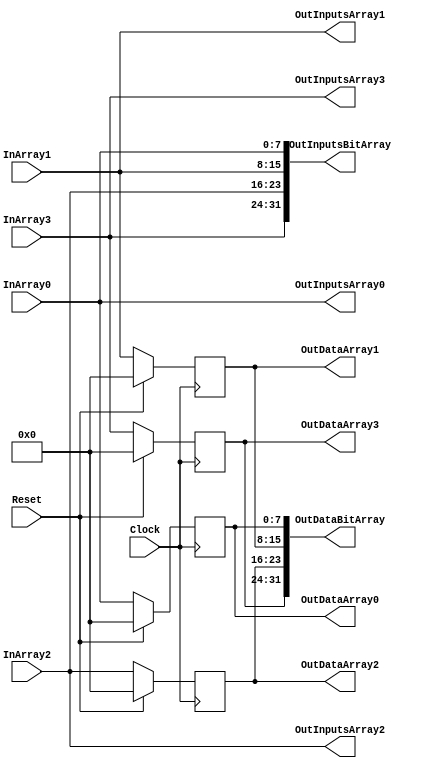
`timescale 1ns/1ps
`default_nettype none
// PLEASE READ THIS, IT MAY SAVE YOU SOME TIME AND MONEY, THANK YOU!
// * This file was generated by Quokka FPGA Toolkit.
// * Generated code is your property, do whatever you want with it
// * Place custom code between [BEGIN USER ***] and [END USER ***].
// * CAUTION: All code outside of [USER] scope is subject to regeneration.
// * Bad things happen sometimes in developer's life,
//   it is recommended to use source control management software (e.g. git, bzr etc) to keep your custom code safe'n'sound.
// * Internal structure of code is subject to change.
//   You can use some of signals in custom code, but most likely they will not exist in future (e.g. will get shorter or gone completely)
// * Please send your feedback, comments, improvement ideas etc. to evmuryshkin@gmail.com
// * Visit https://github.com/EvgenyMuryshkin/QuokkaEvaluation to access latest version of playground
//
// DISCLAIMER:
//   Code comes AS-IS, it is your responsibility to make sure it is working as expected
//   no responsibility will be taken for any loss or damage caused by use of Quokka toolkit.
//
// System configuration name is ArrayToBitArrayModule_TopLevel, clock frequency is 1Hz, Top-level
// FSM summary
// -- Packages
module ArrayToBitArrayModule_TopLevel
(
	// [BEGIN USER PORTS]
	// [END USER PORTS]
	input wire Clock,
	input wire Reset,
	input wire [7:0] InArray0,
	input wire [7:0] InArray1,
	input wire [7:0] InArray2,
	input wire [7:0] InArray3,
	output wire [7:0] OutDataArray0,
	output wire [7:0] OutDataArray1,
	output wire [7:0] OutDataArray2,
	output wire [7:0] OutDataArray3,
	output wire [31:0] OutDataBitArray,
	output wire [7:0] OutInputsArray0,
	output wire [7:0] OutInputsArray1,
	output wire [7:0] OutInputsArray2,
	output wire [7:0] OutInputsArray3,
	output wire [31:0] OutInputsBitArray
);
	// [BEGIN USER SIGNALS]
	// [END USER SIGNALS]
	localparam HiSignal = 1'b1;
	localparam LoSignal = 1'b0;
	wire Zero = 1'b0;
	wire One = 1'b1;
	wire true = 1'b1;
	wire false = 1'b0;
	wire [7: 0] State_ReadDataDefault = 8'b00000000;
	wire [31: 0] ArrayToBitArrayModule_L21F47T78_Source;
	wire [31: 0] ArrayToBitArrayModule_L20F49T80_Source;
	wire [7 : 0] Inputs_InArray [0 : 3];
	integer State_ReadData_Iterator;
	reg [7 : 0] State_ReadData [0 : 3];
	initial
	begin : Init_State_ReadData
		for (State_ReadData_Iterator = 0; State_ReadData_Iterator < 4; State_ReadData_Iterator = State_ReadData_Iterator + 1)
			State_ReadData[State_ReadData_Iterator] = 0;
	end
	integer NextState_ReadData_Iterator;
	reg [7 : 0] NextState_ReadData [0 : 3];
	initial
	begin : Init_NextState_ReadData
		for (NextState_ReadData_Iterator = 0; NextState_ReadData_Iterator < 4; NextState_ReadData_Iterator = NextState_ReadData_Iterator + 1)
			NextState_ReadData[NextState_ReadData_Iterator] = 0;
	end
	always @ (posedge Clock)
	begin
		if ((Reset == 1))
		begin
			for (State_ReadData_Iterator = 0; (State_ReadData_Iterator < 4); State_ReadData_Iterator = (State_ReadData_Iterator + 1))
			begin
				State_ReadData[State_ReadData_Iterator] <= State_ReadDataDefault;
			end
		end
		else
		begin
			for (State_ReadData_Iterator = 0; (State_ReadData_Iterator < 4); State_ReadData_Iterator = (State_ReadData_Iterator + 1))
			begin
				State_ReadData[State_ReadData_Iterator] <= NextState_ReadData[State_ReadData_Iterator];
			end
		end
	end
	always @ (*)
	begin
		NextState_ReadData_Iterator = 0;
		for (NextState_ReadData_Iterator = 0; (NextState_ReadData_Iterator < 4); NextState_ReadData_Iterator = (NextState_ReadData_Iterator + 1))
		begin
			NextState_ReadData[NextState_ReadData_Iterator] = State_ReadData[NextState_ReadData_Iterator];
		end
		NextState_ReadData[0] = Inputs_InArray[0];
		NextState_ReadData[1] = Inputs_InArray[1];
		NextState_ReadData[2] = Inputs_InArray[2];
		NextState_ReadData[3] = Inputs_InArray[3];
	end
	assign Inputs_InArray[0] = InArray0;
	assign Inputs_InArray[1] = InArray1;
	assign Inputs_InArray[2] = InArray2;
	assign Inputs_InArray[3] = InArray3;
	assign OutDataArray0 = State_ReadData[0];
	assign OutDataArray1 = State_ReadData[1];
	assign OutDataArray2 = State_ReadData[2];
	assign OutDataArray3 = State_ReadData[3];
	assign ArrayToBitArrayModule_L21F47T78_Source = {
		State_ReadData[3],
		State_ReadData[2],
		State_ReadData[1],
		State_ReadData[0]
	}
	;
	assign OutDataBitArray = ArrayToBitArrayModule_L21F47T78_Source;
	assign OutInputsArray0 = Inputs_InArray[0];
	assign OutInputsArray1 = Inputs_InArray[1];
	assign OutInputsArray2 = Inputs_InArray[2];
	assign OutInputsArray3 = Inputs_InArray[3];
	assign ArrayToBitArrayModule_L20F49T80_Source = {
		Inputs_InArray[3],
		Inputs_InArray[2],
		Inputs_InArray[1],
		Inputs_InArray[0]
	}
	;
	assign OutInputsBitArray = ArrayToBitArrayModule_L20F49T80_Source;
	// [BEGIN USER ARCHITECTURE]
	// [END USER ARCHITECTURE]
endmodule